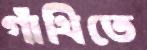
গাঁথিতে